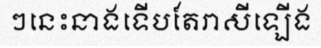
ៗនេះនាងទើបតែរាសីឡើង